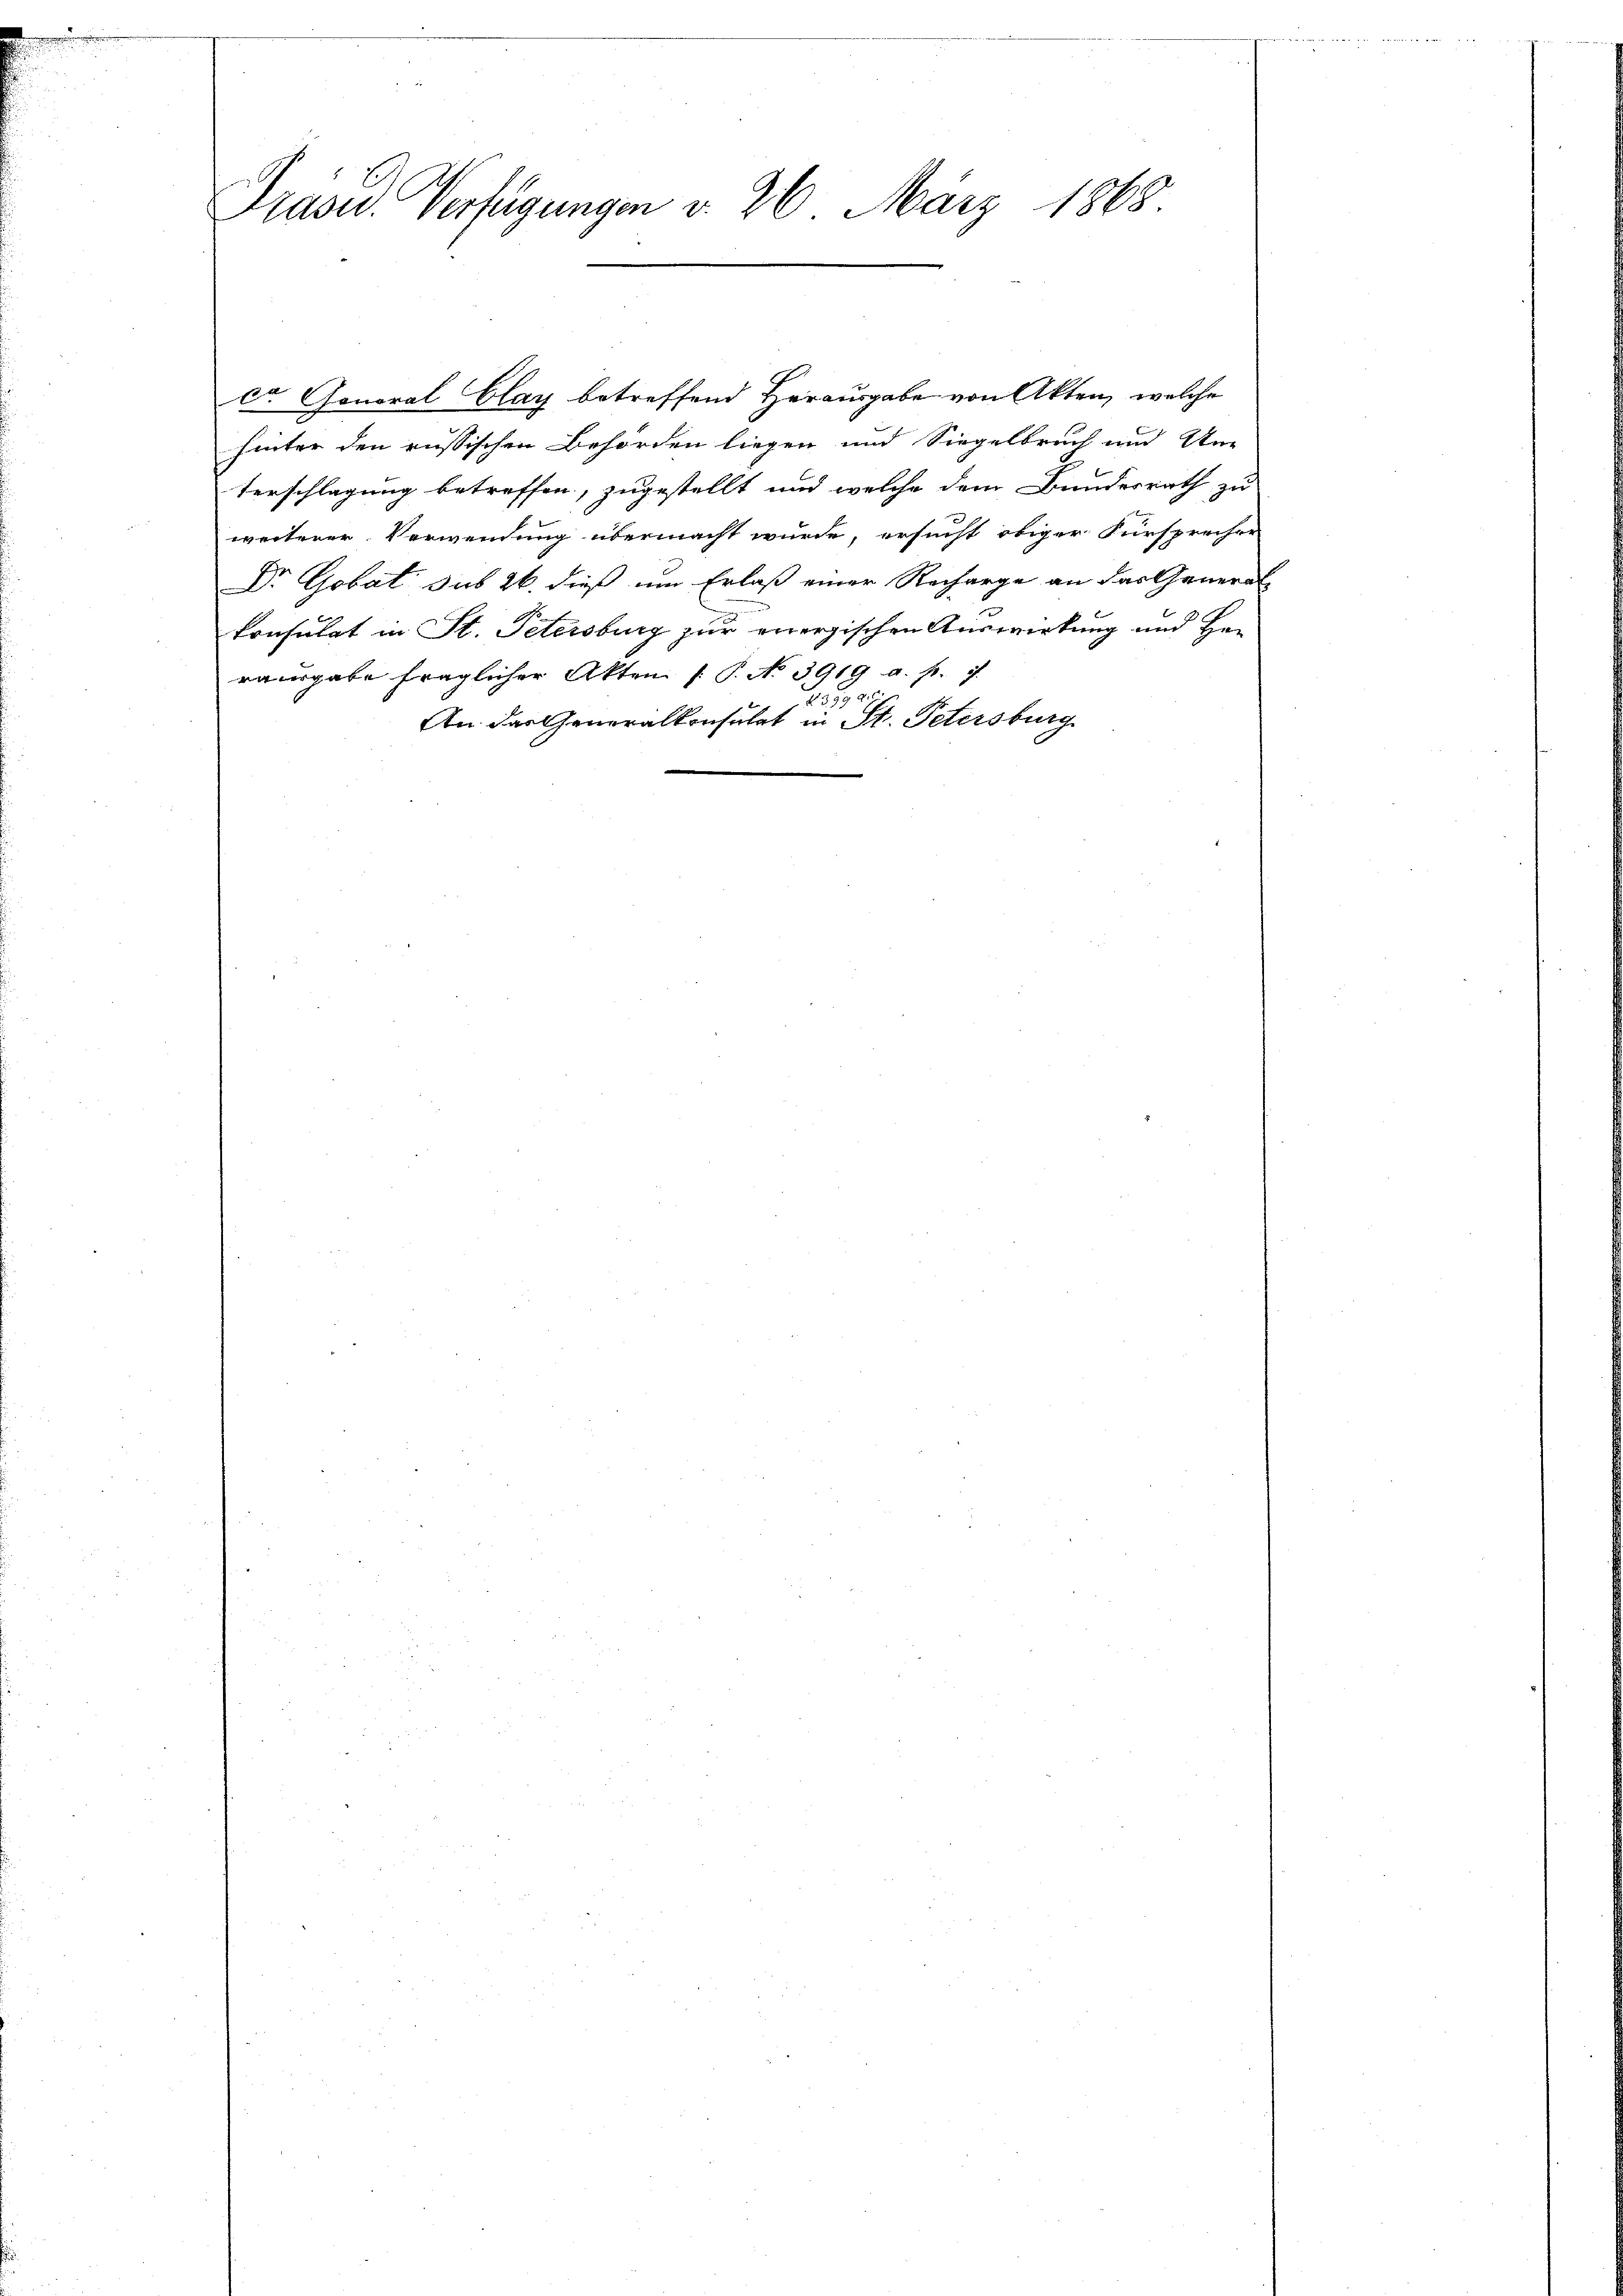
ca Gonoral Clay betreffend Herausgabe von Akten, welche
hinter den russischen Behörden liegen und Siegelbruch und Un-
terschlagung betreffen, zugestellt und welche dem Bundesrath zu
weiterer Verwendung übermacht wurde, ersucht obiger Fürsprecher
Dr Gobat sub 26. dieß um Erlaß einer Recharge an das General-
konsulat in St. Petersburg zur energischen Auswirkung und Hen
rausgabe fraglicher Akten /: P. No 3919 a. p. 7.
A
An das Generalkonsulat in St. Petersburg

Präsid. Verfügungen d. 26. März 1868